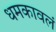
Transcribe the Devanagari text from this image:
धमकावलं